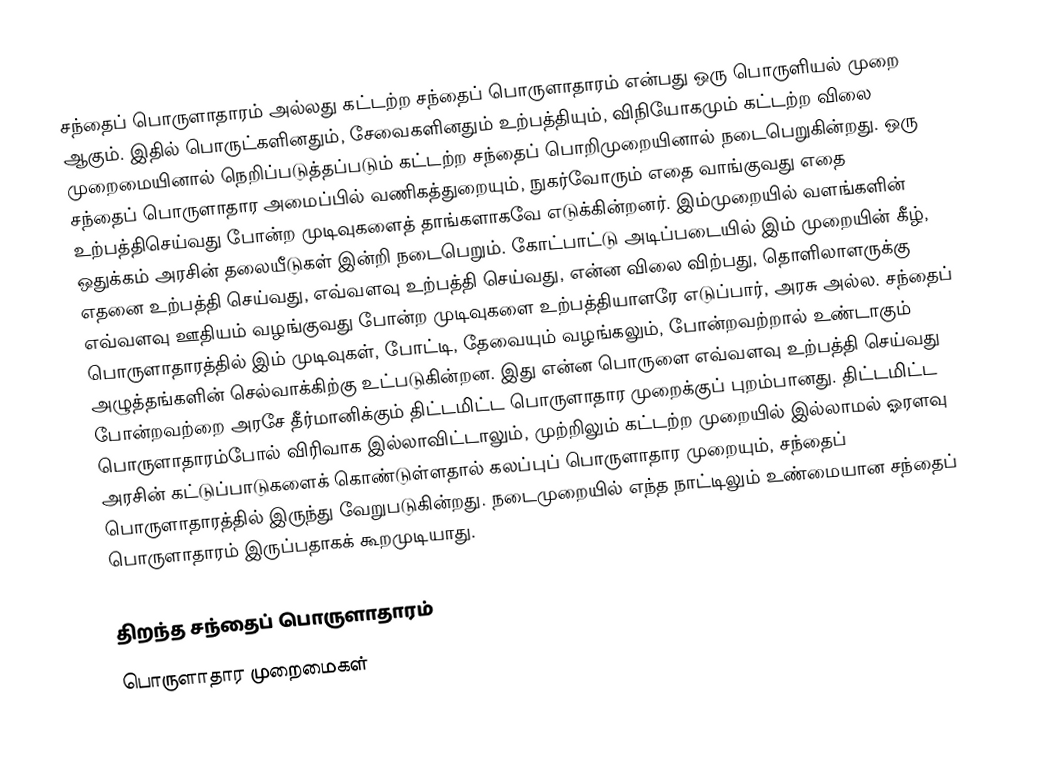
சந்தைப் பொருளாதாரம் அல்லது கட்டற்ற சந்தைப் பொருளாதாரம் என்பது ஒரு பொருளியல் முறை ஆகும். இதில் பொருட்களினதும், சேவைகளினதும் உற்பத்தியும், விநியோகமும் கட்டற்ற விலை முறைமையினால் நெறிப்படுத்தப்படும் கட்டற்ற சந்தைப் பொறிமுறையினால் நடைபெறுகின்றது. ஒரு சந்தைப் பொருளாதார அமைப்பில் வணிகத்துறையும், நுகர்வோரும் எதை வாங்குவது எதை உற்பத்திசெய்வது போன்ற முடிவுகளைத் தாங்களாகவே எடுக்கின்றனர். இம்முறையில் வளங்களின் ஒதுக்கம் அரசின் தலையீடுகள் இன்றி நடைபெறும். கோட்பாட்டு அடிப்படையில் இம் முறையின் கீழ், எதனை உற்பத்தி செய்வது, எவ்வளவு உற்பத்தி செய்வது, என்ன விலை விற்பது, தொளிலாளருக்கு எவ்வளவு ஊதியம் வழங்குவது போன்ற முடிவுகளை உற்பத்தியாளரே எடுப்பார், அரசு அல்ல. சந்தைப் பொருளாதாரத்தில் இம் முடிவுகள், போட்டி, தேவையும் வழங்கலும், போன்றவற்றால் உண்டாகும் அழுத்தங்களின் செல்வாக்கிற்கு உட்படுகின்றன. இது என்ன பொருளை எவ்வளவு உற்பத்தி செய்வது போன்றவற்றை அரசே தீர்மானிக்கும் திட்டமிட்ட பொருளாதார முறைக்குப் புறம்பானது. திட்டமிட்ட பொருளாதாரம்போல் விரிவாக இல்லாவிட்டாலும், முற்றிலும் கட்டற்ற முறையில் இல்லாமல் ஓரளவு அரசின் கட்டுப்பாடுகளைக் கொண்டுள்ளதால் கலப்புப் பொருளாதார முறையும், சந்தைப் பொருளாதாரத்தில் இருந்து வேறுபடுகின்றது. நடைமுறையில் எந்த நாட்டிலும் உண்மையான சந்தைப் பொருளாதாரம் இருப்பதாகக் கூறமுடியாது.

திறந்த சந்தைப் பொருளாதாரம்
பொருளாதார முறைமைகள்